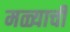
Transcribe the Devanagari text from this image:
मळ्याची